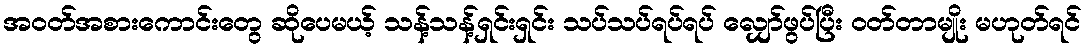
အဝတ်အစားကောင်းတွေ ဆိုပေမယ့် သန့်သန့်ရှင်းရှင်း သပ်သပ်ရပ်ရပ် လျှော်ဖွပ်ပြီး ဝတ်တာမျိုး မဟုတ်ရင်